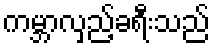
ကမ္ဘာလှည့်ခရီးသည်